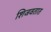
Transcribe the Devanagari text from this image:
शिजवतात